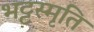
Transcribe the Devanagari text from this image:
भट्टस्मृति